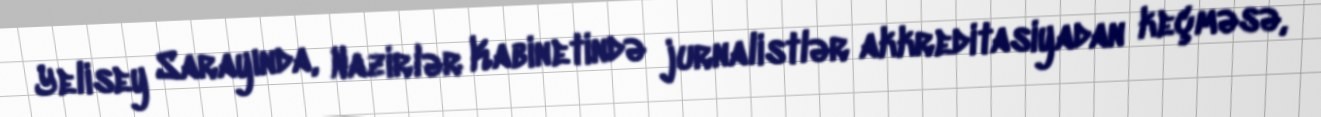
Yelisey Sarayında, Nazirlər Kabinetində jurnalistlər akkreditasiyadan keçməsə,